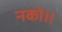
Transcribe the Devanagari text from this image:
नको॥